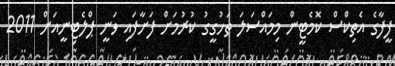
ފީފާގެ އެތިކްސް ކޮމެޓީން މިމައްސަލަ ތަހުގީގު ކުރުމަށް ފަށާފައި ވަނީ ޕްލެޓިނީއަށް 2011